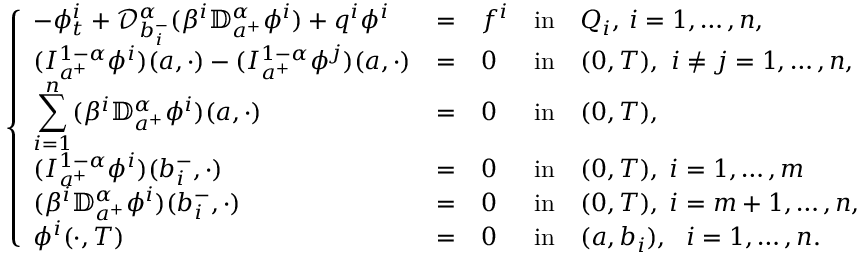
\left\{ \begin{array} { l l l l l l l l l l l l l l l l l } { \displaystyle - \phi _ { t } ^ { i } + \mathcal { D } _ { b _ { i } ^ { - } } ^ { \alpha } ( \beta ^ { i } \mathbb { D } _ { a ^ { + } } ^ { \alpha } \phi ^ { i } ) + q ^ { i } \phi ^ { i } } & { = } & { f ^ { i } } & { \mathrm { i n } } & { Q _ { i } , \, i = 1 , \dots , n , } \\ { \displaystyle ( I _ { a ^ { + } } ^ { 1 - \alpha } \phi ^ { i } ) ( a , \cdot ) - ( I _ { a ^ { + } } ^ { 1 - \alpha } \phi ^ { j } ) ( a , \cdot ) } & { = } & { 0 } & { \mathrm { i n } } & { ( 0 , T ) , ~ i \neq j = 1 , \dots , n , } \\ { \displaystyle \sum _ { i = 1 } ^ { n } ( \beta ^ { i } \mathbb { D } _ { a ^ { + } } ^ { \alpha } \phi ^ { i } ) ( a , \cdot ) } & { = } & { 0 } & { \mathrm { i n } } & { ( 0 , T ) , } \\ { \displaystyle ( I _ { a ^ { + } } ^ { 1 - \alpha } \phi ^ { i } ) ( b _ { i } ^ { - } , \cdot ) } & { = } & { 0 } & { \mathrm { i n } } & { ( 0 , T ) , \; i = 1 , \dots , m } \\ { \displaystyle ( \beta ^ { i } \mathbb { D } _ { a ^ { + } } ^ { \alpha } \phi ^ { i } ) ( b _ { i } ^ { - } , \cdot ) } & { = } & { 0 } & { \mathrm { i n } } & { ( 0 , T ) , \; i = m + 1 , \dots , n , } \\ { \displaystyle \phi ^ { i } ( \cdot , T ) } & { = } & { 0 } & { \mathrm { i n } } & { ( a , b _ { i } ) , ~ ~ i = 1 , \dots , n . } \end{array} \right.